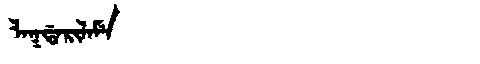
Manchu: ᠯᠠᡴᡩᠠᡵᡳᠯᠠᠮᡝ
Romanization: LAKDARILAME